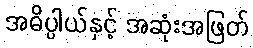
အဓိပ္ပါယ်နှင့် အဆုံးအဖြတ်